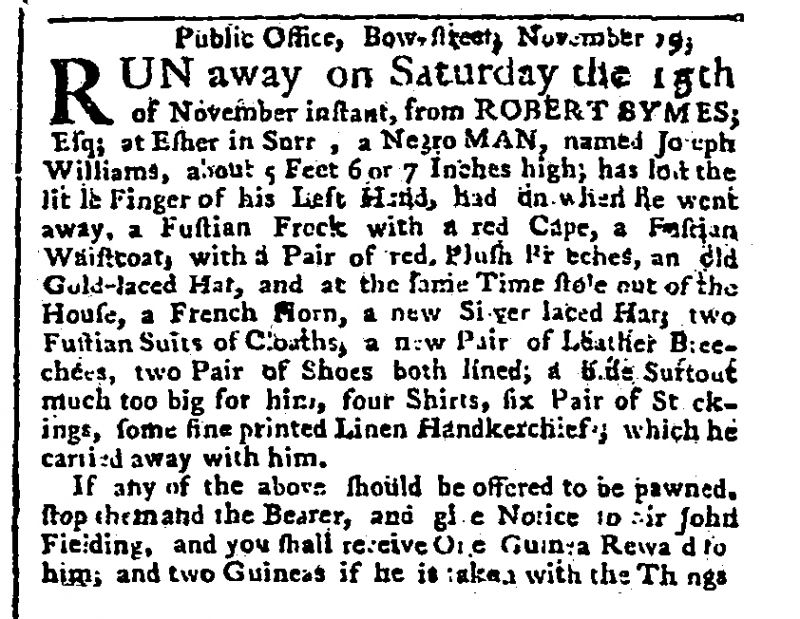
Public Advertiser, 20 November 1766 (England)
     Public Office, Bow-street, November 19;RUN away on Saturday the 15th of November instant, from ROBERT SYMES; Esq; of Esher in Sur[rey], a Negro MAN, named Joseph Williams, about five Feet 6 or 7 Inches high; has lost the little Finger of his Left Hand, had on when he went away, a Fustian Frock with a red Cape, a Fustian Waistcoat, with a Pair of red Plush Breeches, an old Gold-laced Hat, and at the same Time stole out of the House, a French Horn, a new Silver laced Hat; two Fustian Suits of Cloaths, a new Pair of Leather Breeches, two Pair of Shoes both lined; a blue Surtout much too big for him, four Shirts, six Pair of Stockings, some fine printed Linen Handkerchiefs, which he carried away with him.  If any of the above should be offered to be pawned, stop them and the Bearer, and give Notice to Sir John Fielding, and you shall receive One Guinea Reward fo[r] him, and two Guineas if he is taken with the Things.